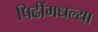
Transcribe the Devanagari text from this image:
पिढींमधल्या